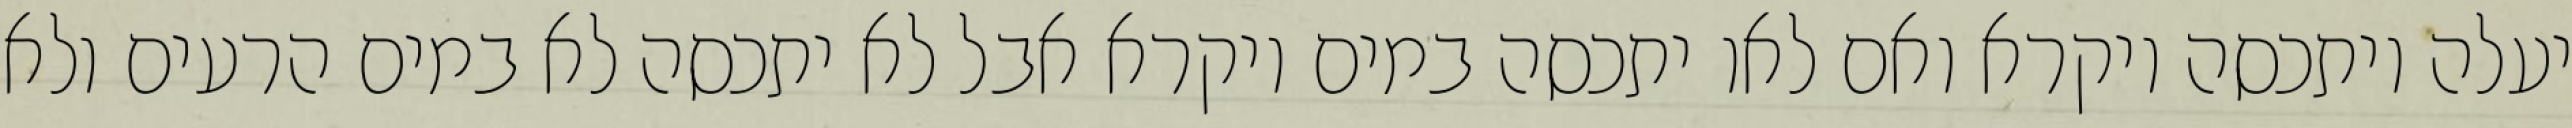
יעלה ויתכסה ויקרא ואם לאו יתכסה במים ויקרא אבל לא יתכסה לא במים הרעים ולא